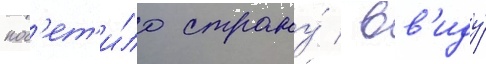
пос'ет'и́ло страну́ / вв'иду́